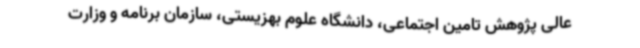
عالی پژوهش تامین اجتماعی، دانشگاه علوم بهزیستی، سازمان برنامه و وزارت